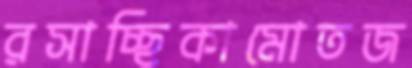
রসাচ্ছিকামোতজ